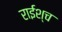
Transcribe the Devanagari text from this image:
राईश्च